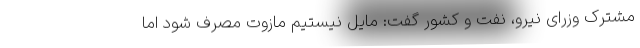
مشترک وزرای نیرو، نفت و کشور گفت: مایل نیستیم مازوت مصرف شود اما